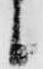
候